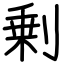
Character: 剰